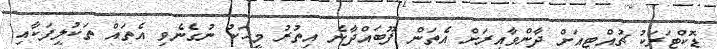
ޑޮކްޓަރަކު ޗުއްޓީއަށް ދާންވާއިރަށް އެތަން ފޫބައްދާނެ އިތުރު މީހަކު ނުގެނެވި އެތައް ތަކުލީފަކާއި